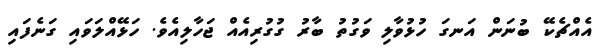
އެއްޗެކޭ ބުނަން އަނގަ ހުޅުވާލި ވަގުތު ބާރު ގުގުރިއެއް ޖަހާލިއެވެ. ހަޅޭއްލަވައި ގަނެފައި